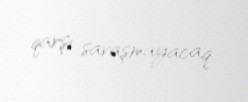
qarşı savaşmayacaq.